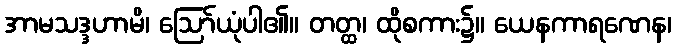
အာမသဒ္ဒဟာမိ၊ ဩော်ယုံပါ၏။ တတ္ထ၊ ထိုစကား၌။ ယေနကာရဏေန၊